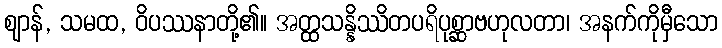
ဈာန်, သမထ, ဝိပဿနာတို့၏။ အတ္ထသန္နိဿိတပရိပုစ္ဆာဗဟုလတာ၊ အနက်ကိုမှီသော